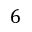
6